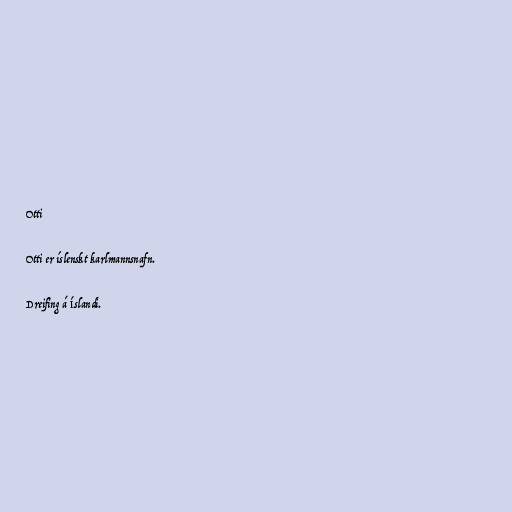
Otti

Otti er íslenskt karlmannsnafn.

Dreifing á Íslandi.